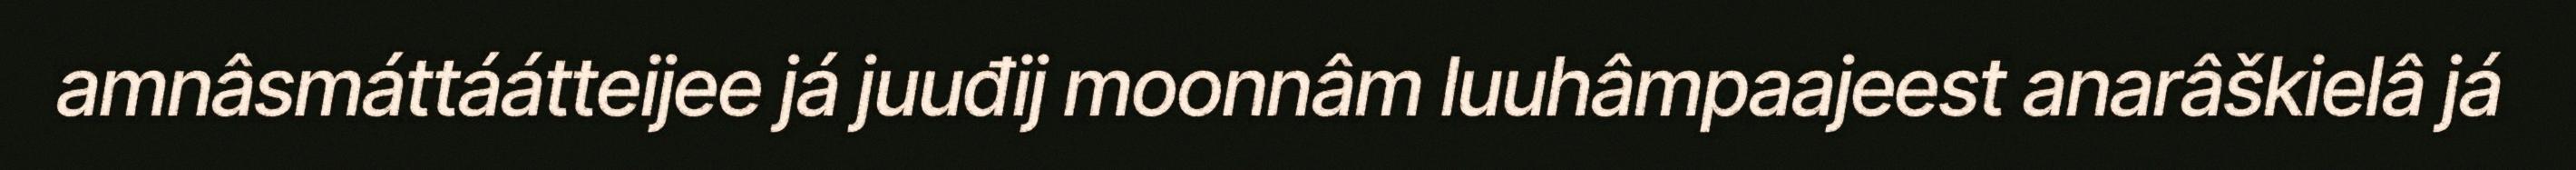
amnâsmáttáátteijee já juuđij moonnâm luuhâmpaajeest anarâškielâ já